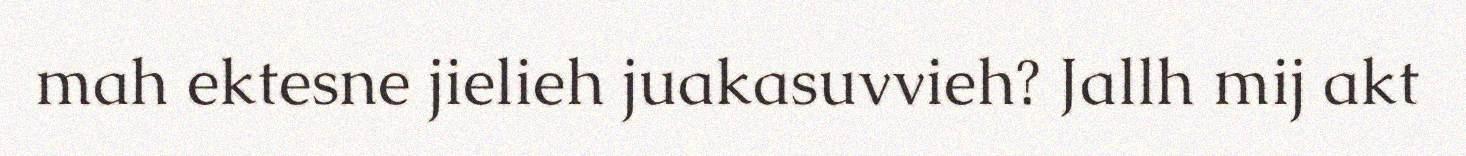
mah ektesne jielieh juakasuvvieh? Jallh mij akt